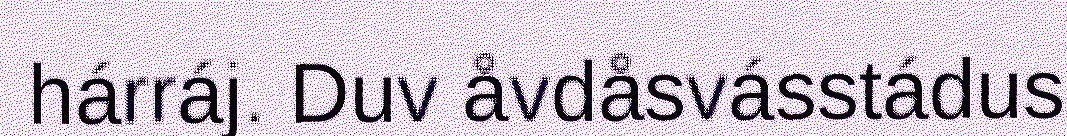
hárráj. Duv åvdåsvásstádus